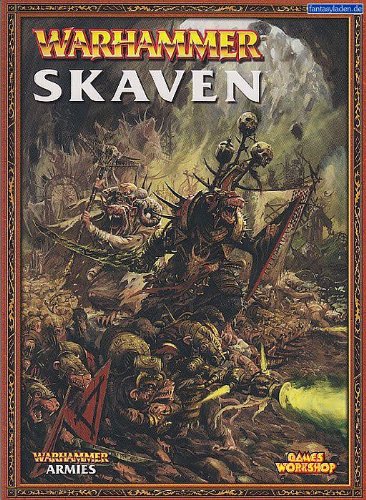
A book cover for Warhammer Armies: Skaven; Science Fiction & Fantasy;